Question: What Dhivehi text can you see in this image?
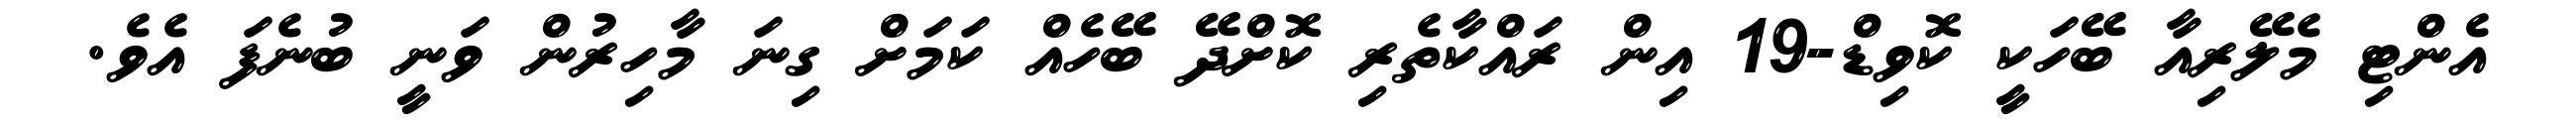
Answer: އެންޓި މެލޭރިއާ ބޭހަކީ ކޮވިޑް-19 އިން ރައްކާތެރި ކޮށްދޭ ބޭހެއް ކަމަށް ގިނަ މާހިރުން ވަނީ ބުނެފަ އެވެ.